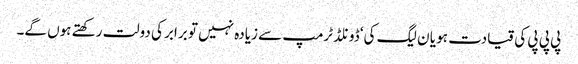
پی پی پی کی قیادت ہو یا ن لیگ کی‘ ڈونلڈ ٹرمپ سے زیادہ نہیں تو برابر کی دولت رکھتے ہوں گے۔